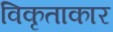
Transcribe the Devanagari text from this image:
विकृताकार